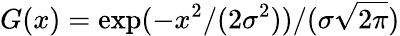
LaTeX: G(x)=\exp(-x^{2}/(2\sigma^{2}))/(\sigma\sqrt{2\pi})